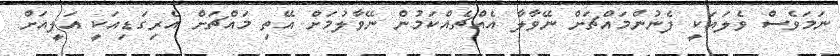
ނަމަވެސް ވެލައަކީ ފެނުންމައްޗަށް ނޭވާލާ އެއްޗެއްކަމުން ނޭވާލުމަށް އޭތި މައްޗަށް އެރިގަޑިއަކީ އަލީއަށް